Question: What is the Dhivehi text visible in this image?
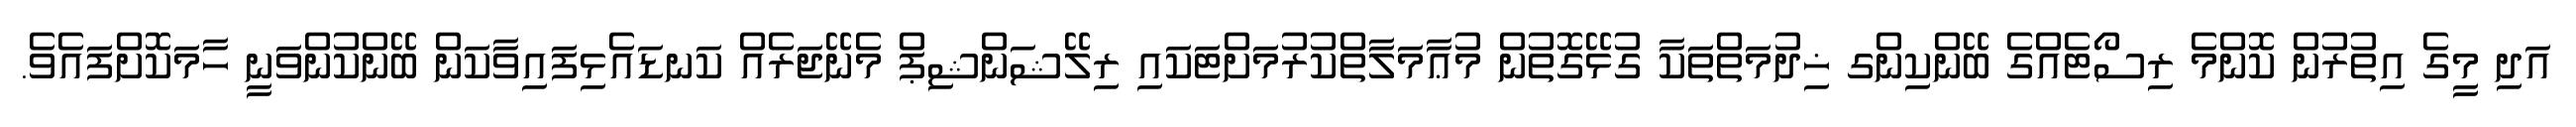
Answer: އަދި މީގެ އިތުރުން ކޮންމެ ރިސޯޓެއްގެ ބޭންކިންގ ޚިދުމަތްތަކާ ގުޅޭގޮތުން މުޢާމަލާތްކުރުމަށްޓަކައި ރިލޭޝަންޝިޕް މެނޭޖަރެއް ކަނޑައެޅިފައިވާކަން ބޭންކުންވަނީ ހާމަކޮށްފައެވެ.